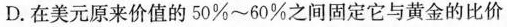
D.在美元原来价值的50%~60%之间固定它与黄金的比价